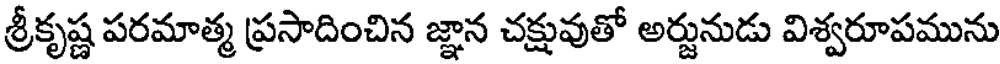
శ్రీకృష్ణ పరమాత్మ ప్రసాదించిన జ్ఞాన చక్షువుతో అర్జునుడు విశ్వరూపమును